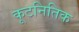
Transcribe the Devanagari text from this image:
कूटनितिक